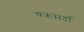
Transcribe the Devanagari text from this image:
चक्रमर्दा